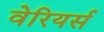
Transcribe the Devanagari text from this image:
वेरियर्स